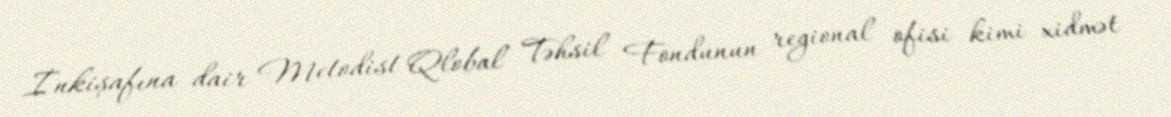
İnkişafına dair Metodist Qlobal Təhsil Fondunun regional ofisi kimi xidmət